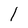
Character: l